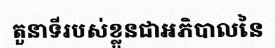
តួនាទីរបស់ខ្លួនជាអភិបាលនៃ